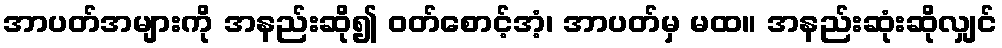
အာပတ်အများကို အနည်းဆို၍ ဝတ်စောင့်အံ့၊ အာပတ်မှ မထ။ အနည်းဆုံးဆိုလျှင်